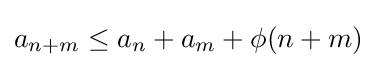
a_{n+m}\leq a_{n}+a_{m}+\phi (n+m)